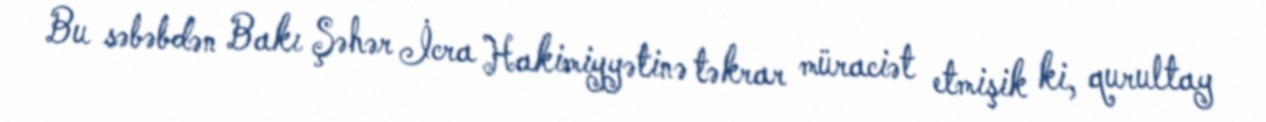
Bu səbəbdən Bakı Şəhər İcra Hakimiyyətinə təkrar müraciət etmişik ki, qurultay